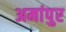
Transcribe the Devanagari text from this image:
अमांपुर